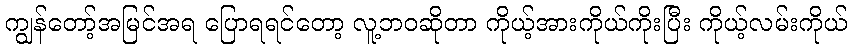
ကျွန်တော့်အမြင်အရ ပြောရရင်တော့ လူ့ဘဝဆိုတာ ကိုယ့်အားကိုယ်ကိုးပြီး ကိုယ့်လမ်းကိုယ်